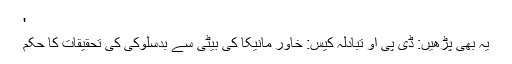
'
یہ بھی پڑھیں: ڈی پی او تبادلہ کیس: خاور مانیکا کی بیٹی سے بدسلوکی کی تحقیقات کا حکم